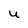
Character: U